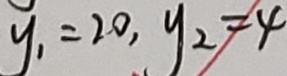
y _ { 1 } = 2 0 , y _ { 2 } = 4